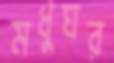
মধুঘর